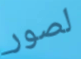
لصور